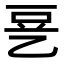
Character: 㐙